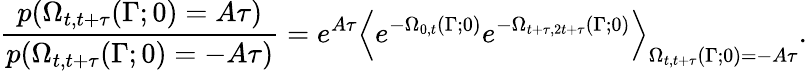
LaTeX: \frac{p(\Omega_{t,t+\tau}(\Gamma;0)=A\tau)}{p(\Omega_{t,t+\tau}(\Gamma;0)=-A\tau)}=e^{A\tau}\left<e^{-\Omega_{0,t}(\Gamma;0)}e^{-\Omega_{t+\tau,2t+\tau}(\Gamma;0)}\right>_{\Omega_{t,t+\tau}(\Gamma;0)=-A\tau}.